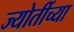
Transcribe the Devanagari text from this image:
ज्योतींच्या